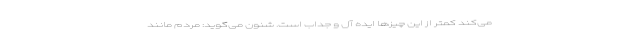
می‌کند کمتر از این چیزها ایده آل و جداب است. شنون می‌گوید: مردم مانند